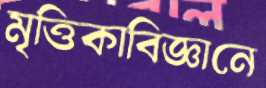
মৃত্তিকাবিজ্ঞানে